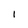
Character: I